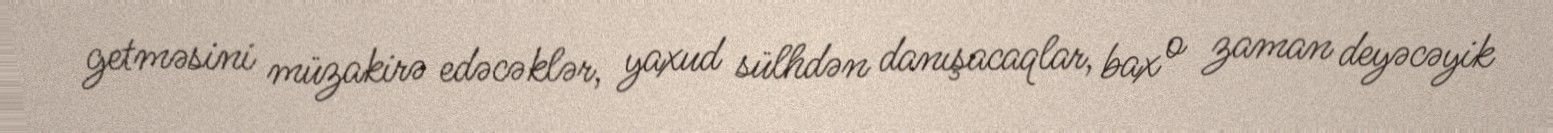
getməsini müzakirə edəcəklər, yaxud sülhdən danışacaqlar, bax o zaman deyəcəyik